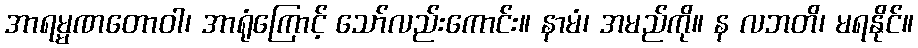
အာရမ္မဏတောဝါ၊ အာရုံကြောင့် သော်လည်းကောင်း။ နာမံ၊ အမည်ကို။ န လဘတိ၊ မရနိုင်။